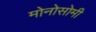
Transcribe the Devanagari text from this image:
मोनोसोमी